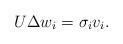
LaTeX: \begin{align*} U \Delta w_{i} = \sigma_{i} v_{i}.\end{align*}